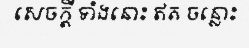
សេចក្តី ទាំងនោះ ឥត ចន្លោះ